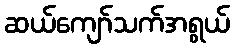
ဆယ်ကျော်သက်အရွယ်